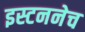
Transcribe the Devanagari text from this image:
इस्टननेच